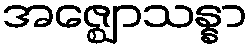
အဇ္ဈောသန္နာ